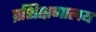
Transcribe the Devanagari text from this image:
प्रशिक्षणालय